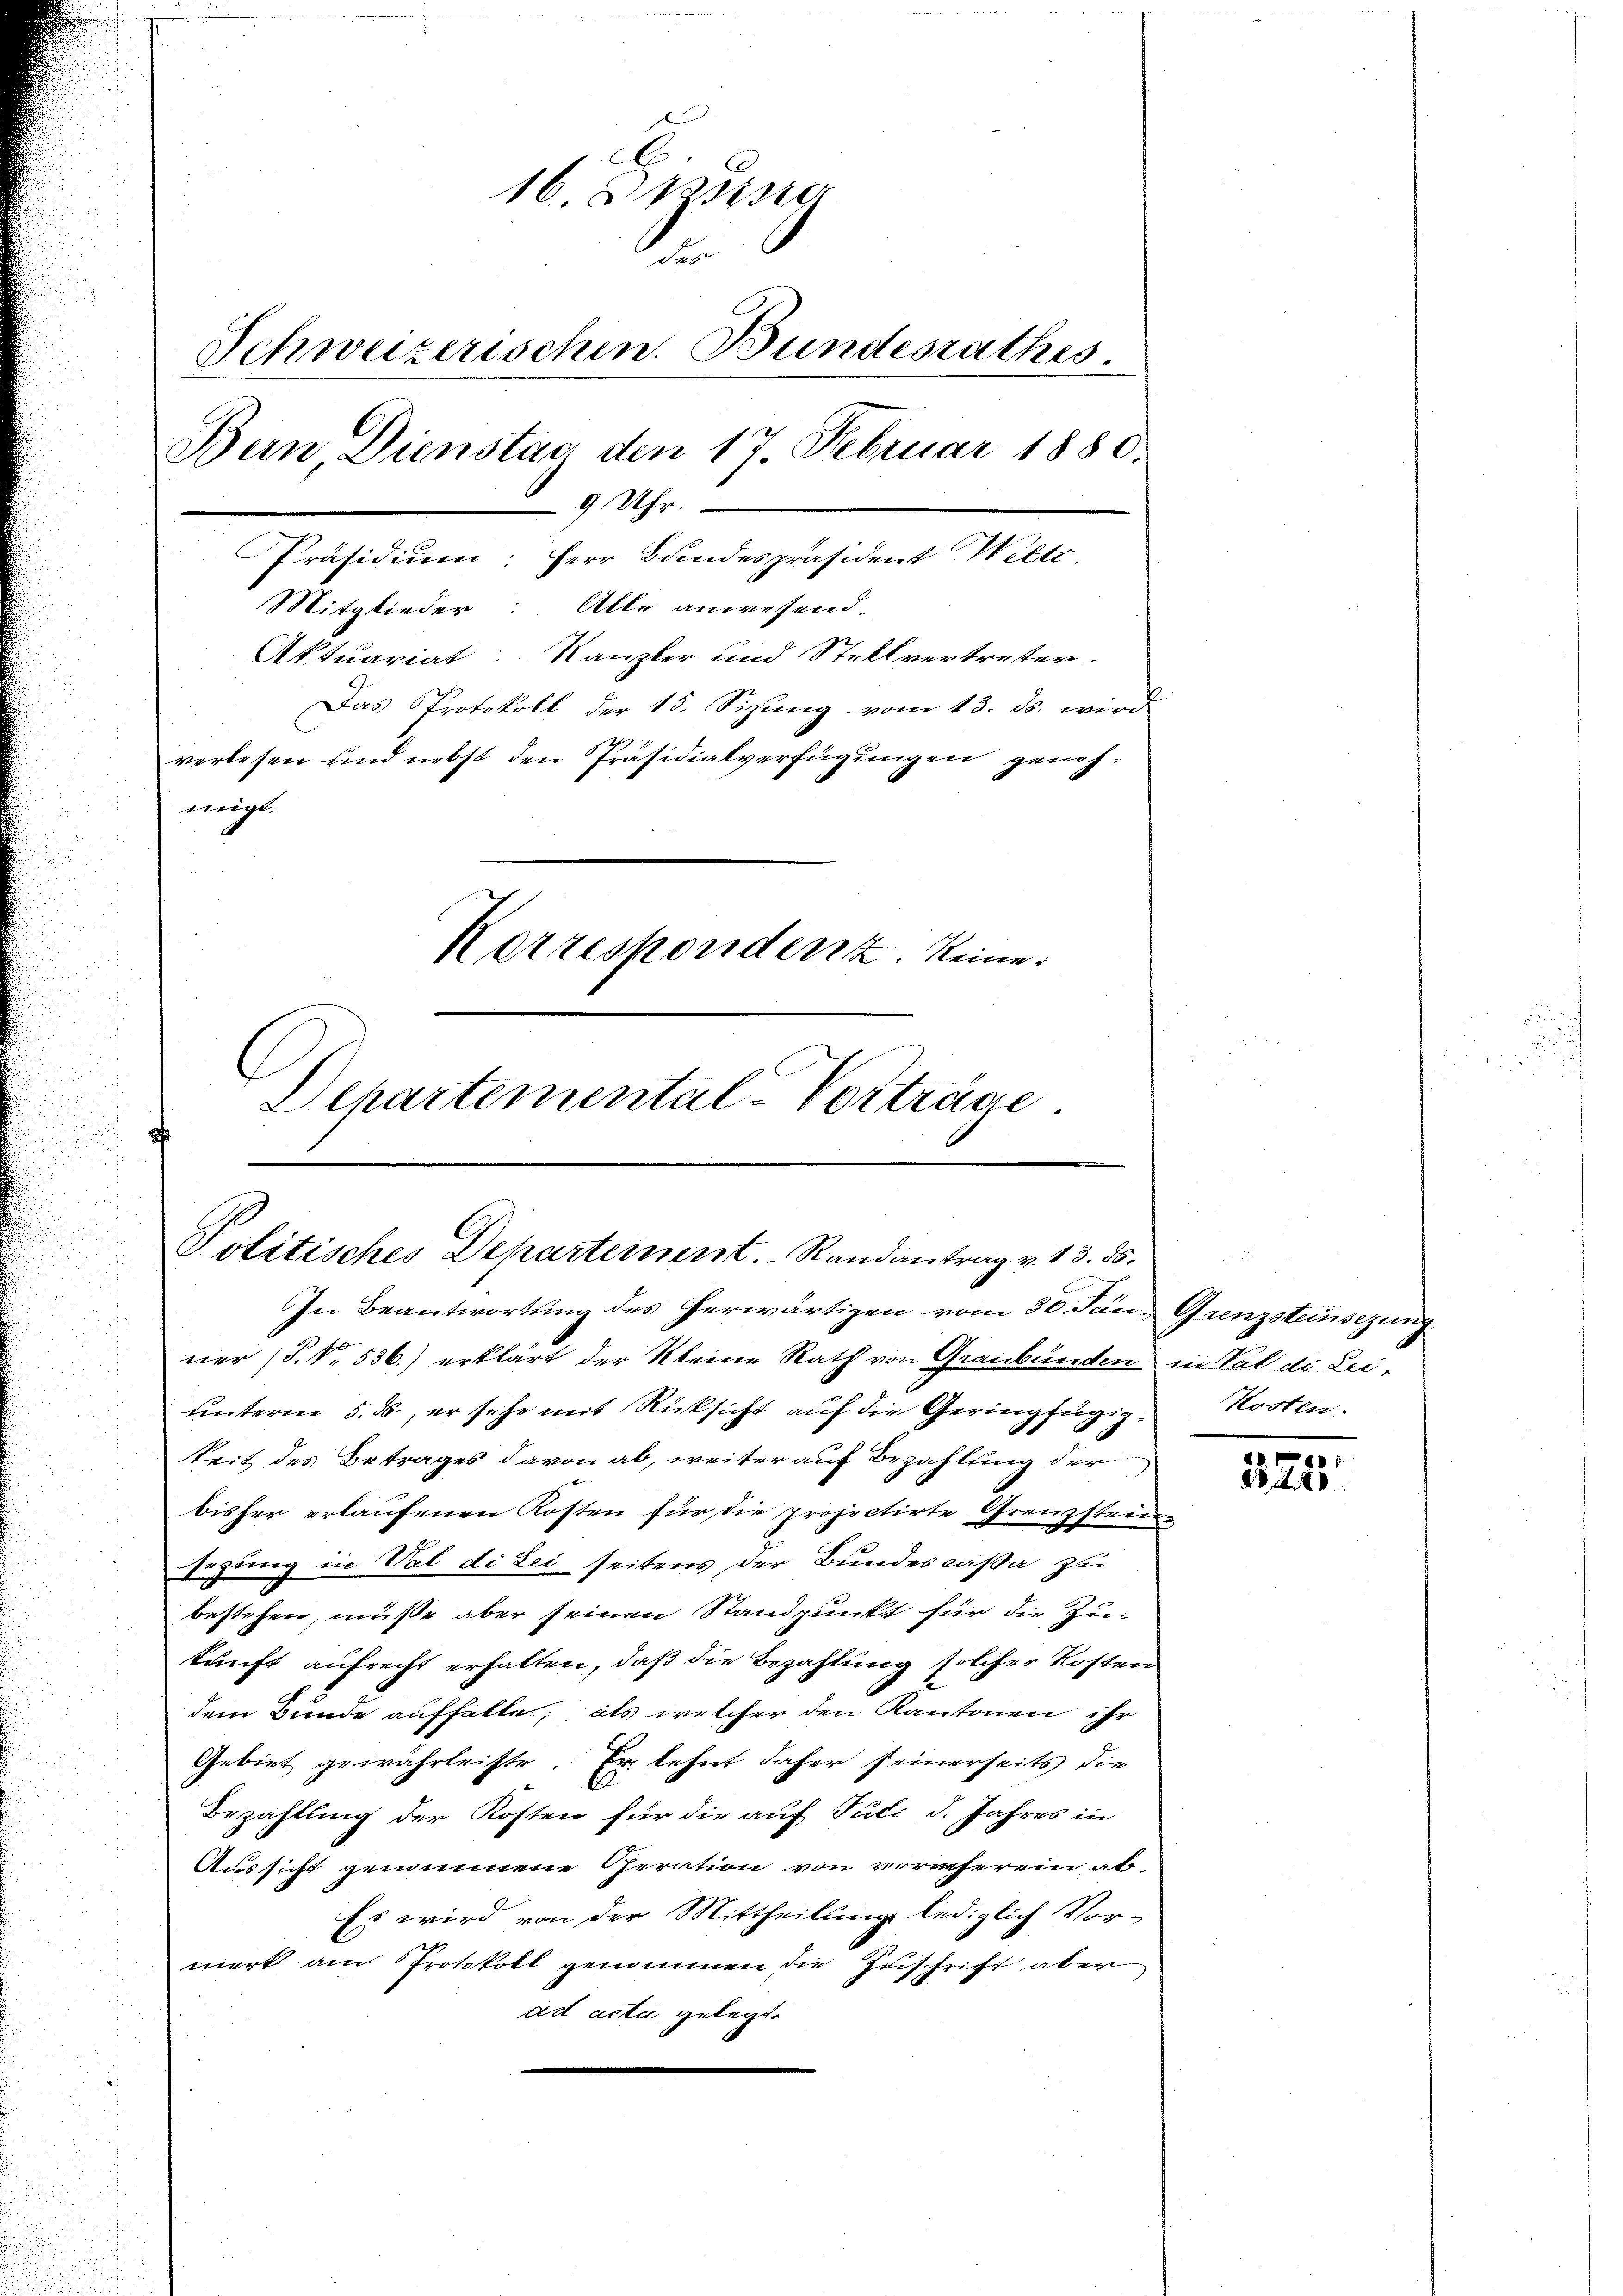
16. Diesse
n
Schweizerischen. Bundesrathes.
Bein Dienstag den 17. Februar 1880.
9 Uhr.
Präsidium: Herr Bundespräsident Welti
Mitglieder: Alle anwesend.
Aktuariat Kanzler und Stellvertreter.
Das Protokoll der 15. Sizŭng vom 13. ds. wird
verlesen und nebst den Präsidialverfügungen genehmigt.
Korrespondenz keine
Departemental-Vorträge

Politisches Departement. Randantrag v. 13. ds.
In Beantwortung des herwärtigen vom 30. Jan. Grenzsteinsezung

1
ner (§. N. 536.) erklärt der Kleine Rath von Graubünden in Val di Leiunterm 5. ds., er sehe mit Rücksicht auf die Geringfügigkeit des Betrages davon ab, weiter auf Bezahlung der
bisher erlaufenen Kosten für die projectirte Grenzsteu
sezung in Val di Lei seitens der Bundescaßa zu
bestehen, müße aber seinen Standpunkt für die Zukunft aufrecht erhalten, daß die Bezahlung solcher Kosten
dem Bunde auffalle, als welcher den Kantonen ihr
Gebiet gewährleiste. Er lehnt daher seinerseits die
Bezahlung der Kosten für die auf Juli d. Jahres in
Aussicht genommene Peration von vornherein, ab¬
Es wird von der Mittheilung lediglich Vor-
merk am Protokoll genommen, die Zuschrift aber
ad acta gelegt.

Kosten.

.
25, 140